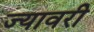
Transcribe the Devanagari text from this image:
ज्यावरी